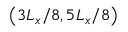
\left( 3 L _ { x } / 8 , 5 L _ { x } / 8 \right)